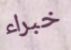
خبراء